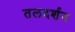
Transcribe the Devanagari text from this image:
तलदर्शन